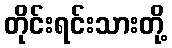
တိုင်းရင်းသားတို့